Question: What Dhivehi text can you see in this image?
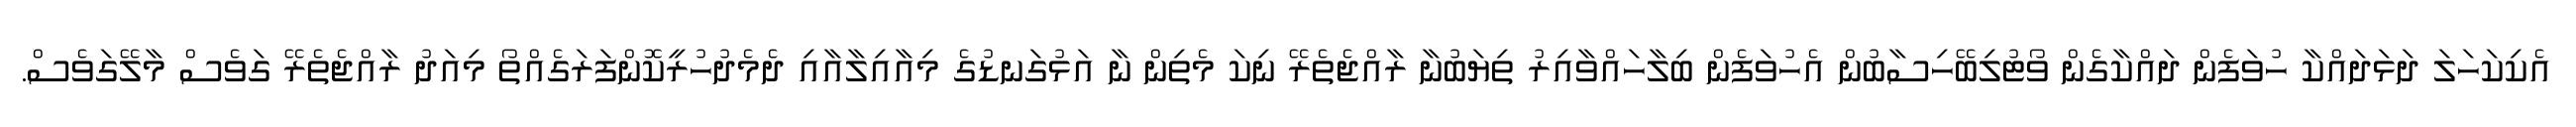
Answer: އެކިކަހަލަ ދަޅަދައްކާ ހުވަފެން ދައްކާގެން ވޯޓުލިބޭހިސާބުން އެހުވަފެން ބިލާހައްވާއިރު ތިޔަބުނާ ރާއްޖެތެރޭ ނިކަ މެތިން ނާ އަޅުގަނޑުގެ މިއާއިލާއާއި ދެމެދުހުރީކޮންފަރަގެއްތޯ މިއަދު ރާއްޖެތެރޭ ގަވެސް މާލޭގަވެސް.